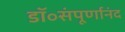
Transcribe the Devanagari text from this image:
डॉ॰संपूर्णानंद